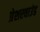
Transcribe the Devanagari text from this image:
प्रेशरवाउंड